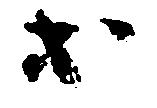
等